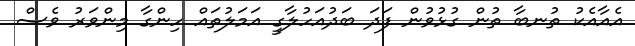
އެއާއެކު ތުނބާ ތުން ގުޅުވުން ފަދަ ބަދުއަހުލާގީ އަމަލުތައް ހިންގާ މިންވަރު ވެސް